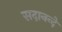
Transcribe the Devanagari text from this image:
सदानन्दे